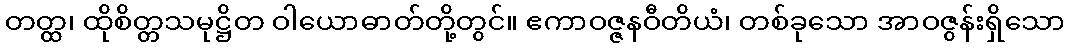
တတ္ထ၊ ထိုစိတ္တသမုဋ္ဌိတ ဝါယောဓာတ်တို့တွင်။ ဧကာဝဇ္ဇနဝီတိယံ၊ တစ်ခုသော အာဝဇွန်းရှိသော